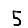
Digit: 5